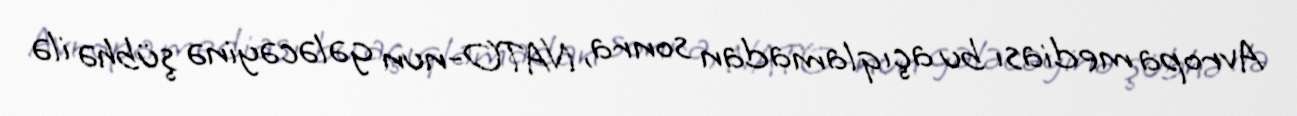
Avropa mediası bu açıqlamadan sonra, NATO-nun gələcəyinə şübhə ilə